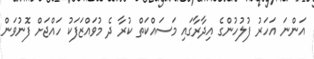
އަންނަ އަހަރު ފުލުހުންގެ އިދާރާގައި މަސައްކަތް ކުރާ ދެ މުވައްޒަފަކު ހައްޖަށް ފޮނުވަން